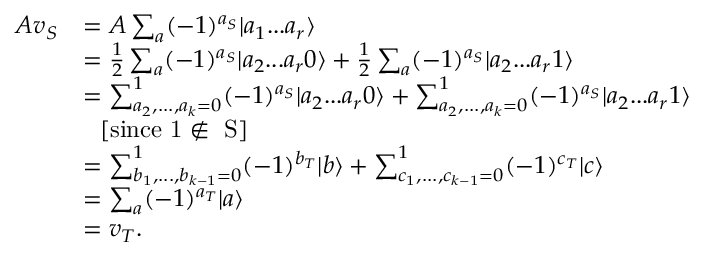
\begin{array} { r l } { A v _ { S } } & { = A \sum _ { a } ( - 1 ) ^ { a _ { S } } | a _ { 1 } . . . a _ { r } \rangle } \\ & { = \frac { 1 } { 2 } \sum _ { a } ( - 1 ) ^ { a _ { S } } | a _ { 2 } . . . a _ { r } 0 \rangle + \frac { 1 } { 2 } \sum _ { a } ( - 1 ) ^ { a _ { S } } | a _ { 2 } . . . a _ { r } 1 \rangle } \\ & { = \sum _ { a _ { 2 } , . . . , a _ { k } = 0 } ^ { 1 } ( - 1 ) ^ { a _ { S } } | a _ { 2 } . . . a _ { r } 0 \rangle + \sum _ { a _ { 2 } , . . . , a _ { k } = 0 } ^ { 1 } ( - 1 ) ^ { a _ { S } } | a _ { 2 } . . . a _ { r } 1 \rangle } \\ & { \ \ [ \mathrm { s i n c e ~ \ensuremath { 1 \not \in ~ S } } ] } \\ & { = \sum _ { b _ { 1 } , . . . , b _ { k - 1 } = 0 } ^ { 1 } ( - 1 ) ^ { b _ { T } } | b \rangle + \sum _ { c _ { 1 } , . . . , c _ { k - 1 } = 0 } ^ { 1 } ( - 1 ) ^ { c _ { T } } | c \rangle } \\ & { = \sum _ { a } ( - 1 ) ^ { a _ { T } } | a \rangle } \\ & { = v _ { T } . } \end{array}